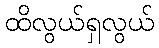
ထိလွယ်ရှလွယ်